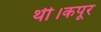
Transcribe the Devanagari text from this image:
थी।कपूर